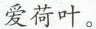
爱荷叶。